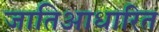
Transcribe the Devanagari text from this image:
जातिआधारित